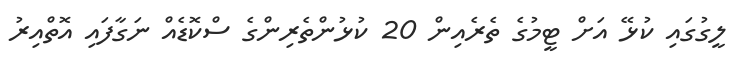
ލީގުގައި ކުޅޭ އަށް ޓީމުގެ ތެރެއިން 20 ކުޅުންތެރިންގެ ސްކޮޑެއް ނަގާފައި އޮތްއިރު